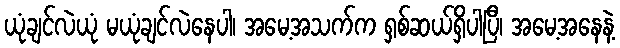
ယုံချင်လဲယုံ မယုံချင်လဲနေပါ၊ အမေ့အသက်က ရှစ်ဆယ်ရှိပါပြီ၊ အမေ့အနေနဲ့